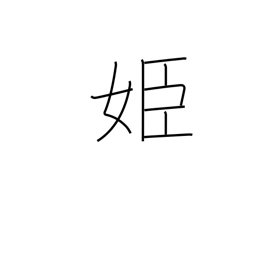
Meaning: princess